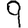
Digit: 9